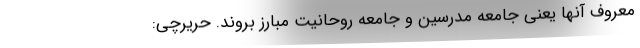
معروف آنها یعنی جامعه مدرسین و جامعه روحانیت مبارز بروند. حریرچی: